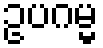
ဥပဂမ္မ